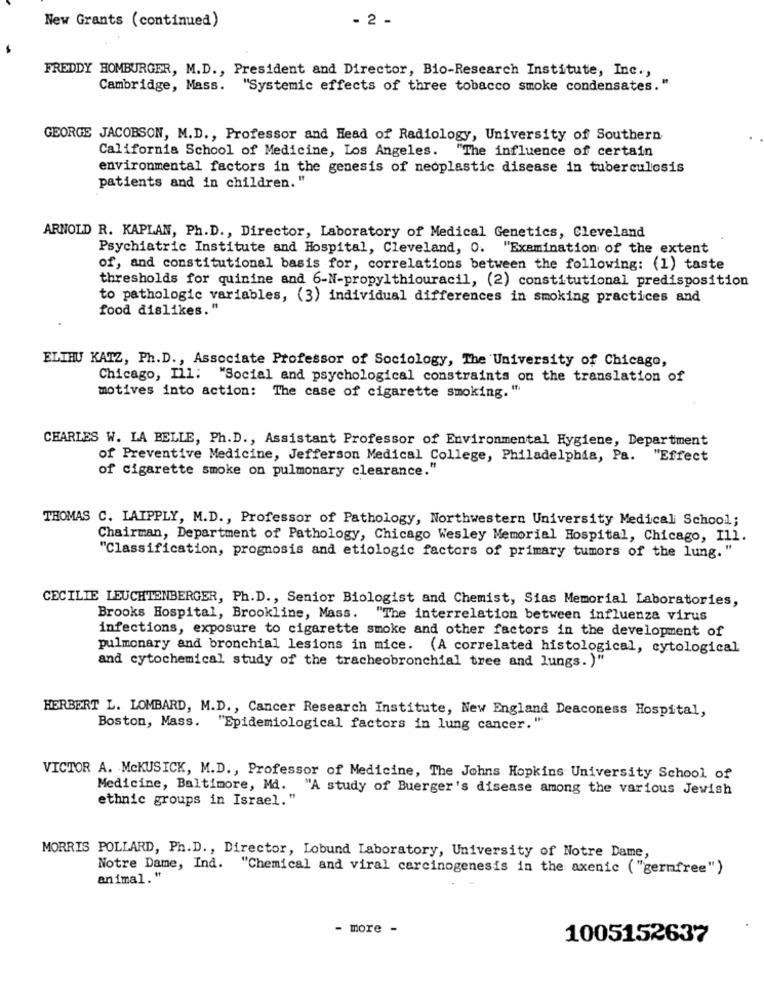
New Grants (continued)
- 2 -
FREDDY HOMBURGER, M.D ., President and Director, Bio-Research Institute, Inc .,
Cambridge, Mass. "Systemic effects of three tobacco smoke condensates. "
GEORGE JACOBSON, M.D ., Professor and Head of Radiology, University of Southern
California School of Medicine, Los Angeles. "The influence of certain
environmental factors in the genesis of neoplastic disease in tuberculosis
patients and in children."
ARNOLD R. KAPLAN, Ph.D ., Director, Laboratory of Medical Genetics, Cleveland
Psychiatric Institute and Hospital, Cleveland, O. "Examination of the extent
of, and constitutional basis for, correlations between the following: (1) taste
thresholds for quinine and 6-N-propylthiouracil, (2) constitutional predisposition
to pathologic variables, (3) individual differences in smoking practices and
food dislikes."
ELTHU KATZ, Ph.D ., Associate Professor of Sociology, The University of Chicago,
Chicago, Ill: "Social and psychological constraints on the translation of
motives into action: The case of cigarette smoking. "
CHARLES W. LA BELLE, Ph.D ., Assistant Professor of Environmental Hygiene, Department
of Preventive Medicine, Jefferson Medical College, Philadelphia, Pa. "Effect
of cigarette smoke on pulmonary clearance."
THOMAS C. LATPPLY, M.D ., Professor of Pathology, Northwestern University Medical School;
Chairman, Department of Pathology, Chicago Wesley Memorial Hospital, Chicago, Ill.
"Classification, prognosis and etiologic factors of primary tumors of the lung. "
CECILIE LEUCHTENBERGER, Ph.D ., Senior Biologist and Chemist, Sias Memorial Laboratories,
Brooks Hospital, Brookline, Mass.
"The interrelation between influenza virus
infections, exposure to cigarette smoke and other factors in the development of
pulmonary and bronchial lesions in mice. (A correlated histological, cytological
and cytochemical study of the tracheobronchial tree and lungs. )"
HERBERT L. LOMBARD, M.D ., Cancer Research Institute, New England Deaconess Hospital,
Boston, Mass. "Epidemiological factors in lung cancer. "
VICTOR A. McKUSICK, M.D ., Professor of Medicine, The Johns Hopkins University School of
Medicine, Baltimore, Md. "A study of Buerger's disease among the various Jewish
ethnic groups in Israel."
MORRIS POLLARD, Ph.D. , Director, Lobund Laboratory, University of Notre Dame,
Notre Dame, Ind. "Chemical and viral carcinogenesis in the axenic ("gernfree")
animal."
- more -
1005152637